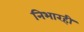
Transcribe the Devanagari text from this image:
निभारही